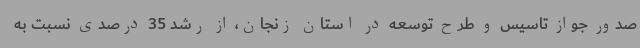
صدور جواز تاسیس و طرح توسعه در استان زنجان، از رشد 35 درصدی نسبت به